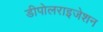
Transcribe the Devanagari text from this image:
डीपोलराइजेशन